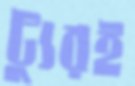
ট্যুরই